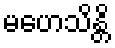
မဟေသိန္တိ